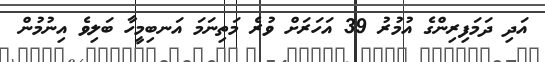
އަދި ދަމަފިރިންގެ އުމުރު 39 އަހަރަށް ވުރެ މަތިނަމަ އަނބިމީހާ ބަލިވެ އިނުމުން